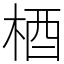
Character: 梄